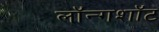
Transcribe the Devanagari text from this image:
लॉन्गशॉट